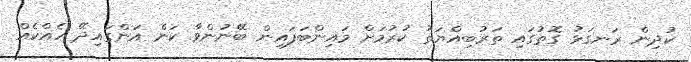
ކުދިން ރަނގަޅު ގޮތުގައި ތަރުބިއްޔަތު ކުރުމަށް މައިންބަފައިން ބޭނުންވާ ކަން އަންގައިދޭ ހެއްކެއް